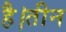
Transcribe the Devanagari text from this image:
है।तीन